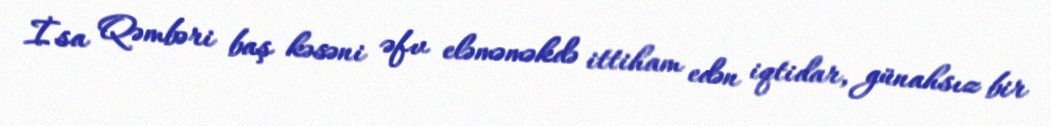
İsa Qəmbəri baş kəsəni əfv eləməməkdə ittiham edən iqtidar, günahsız bir